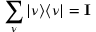
\sum _ { \nu } | \nu \rangle \langle \nu | = \mathbf { I }